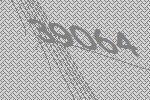
39064